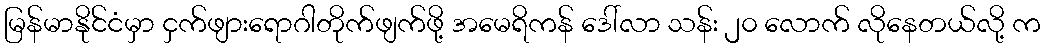
မြန်မာနိုင်ငံမှာ ငှက်ဖျားရောဂါတိုက်ဖျက်ဖို့ အမေရိကန် ဒေါ်လာ သန်း ၂၀ လောက် လိုနေတယ်လို့ က